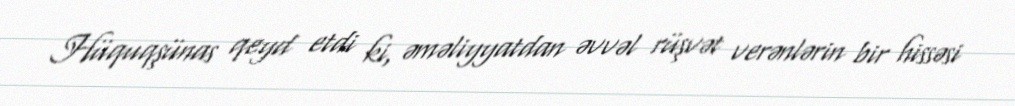
Hüquqşünas qeyd etdi ki, əməliyyatdan əvvəl rüşvət verənlərin bir hissəsi